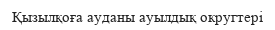
Қызылқоға ауданы ауылдық округтері